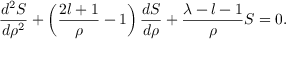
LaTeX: \frac { d ^ { 2 } S } { d \rho ^ { 2 } } + \left( \frac { 2 l + 1 } { \rho } - 1 \right) \frac { d S } { d \rho } + \frac { \lambda - l - 1 } { \rho } S = 0 .